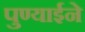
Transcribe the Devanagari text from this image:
पुण्याईने